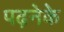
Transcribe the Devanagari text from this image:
पढ़नेके